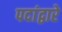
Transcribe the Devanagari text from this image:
पदांद्वारे